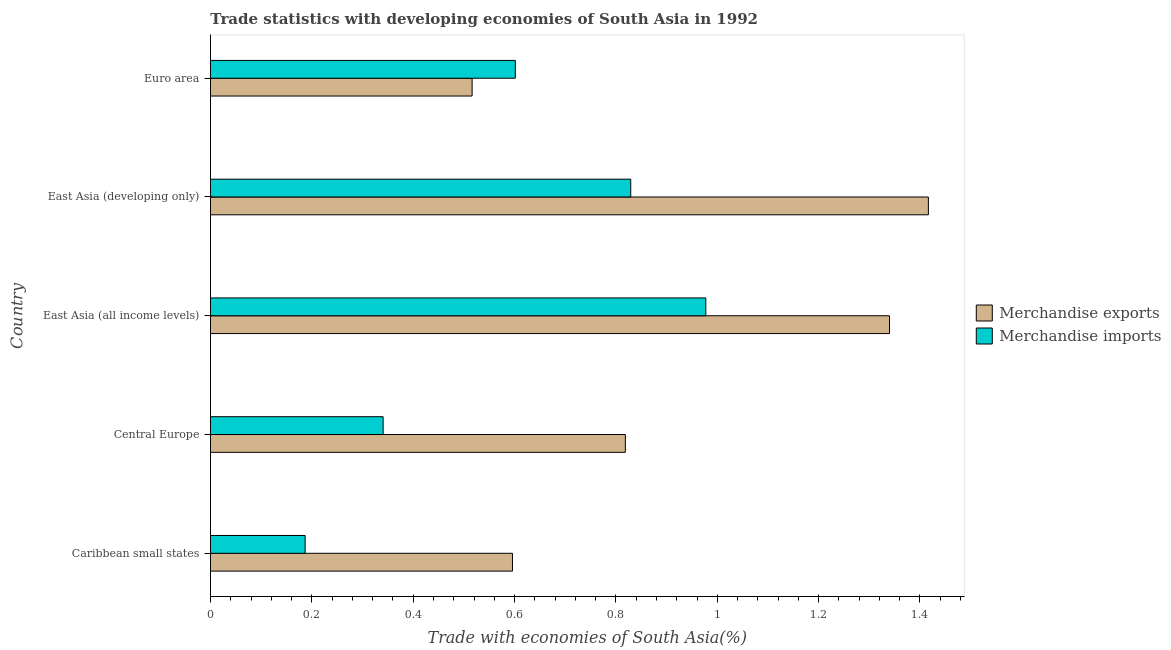
| Country | Merchandise exports | Merchandise imports |
 | --- | --- | --- |
 | Caribbean small states | 0.596 | 0.187 |
 | Central Europe | 0.819 | 0.341 |
 | East Asia (all income levels) | 1.34 | 0.977 |
 | East Asia (developing only) | 1.42 | 0.829 |
 | Euro area | 0.516 | 0.602 |